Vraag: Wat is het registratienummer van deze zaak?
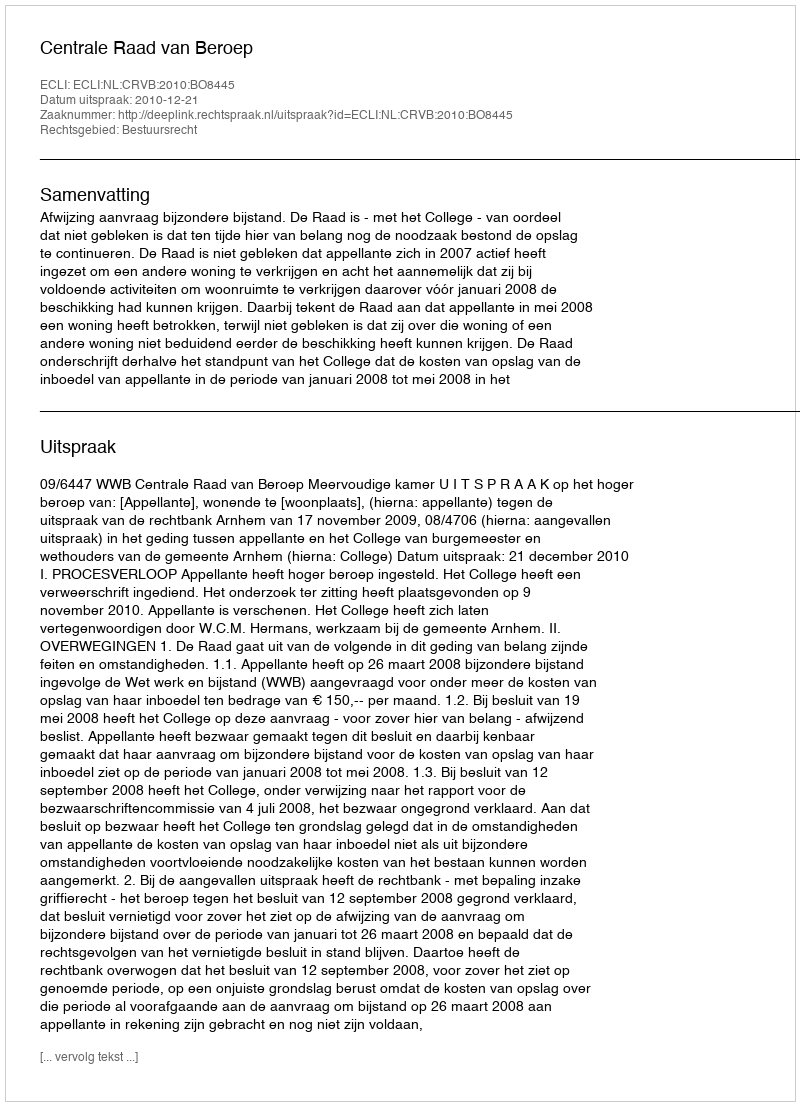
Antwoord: http://deeplink.rechtspraak.nl/uitspraak?id=ECLI:NL:CRVB:2010:BO8445